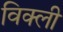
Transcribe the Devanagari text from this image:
विक्ली